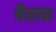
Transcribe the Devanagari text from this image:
थैराया